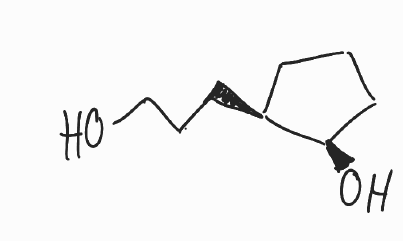
Simplified molecular-input line-entry system (SMILES) notation of the given molecule:
C1C[C@@H]([C@@H](C1)O)CCCO